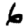
Digit: 6